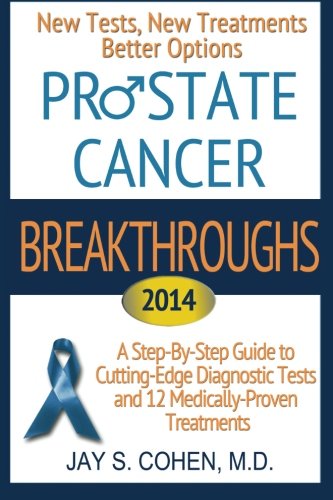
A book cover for "Prostate Cancer Breakthroughs 2014: New Tests, New Treatments, Better Options: A Step-by-Step Guide to Cutting-Edge Diagnostic Tests and 12 Medically-Proven Treatments; Jay S. Cohen; Health, Fitness & Dieting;